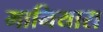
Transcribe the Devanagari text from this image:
मानियारा